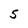
Character: 5